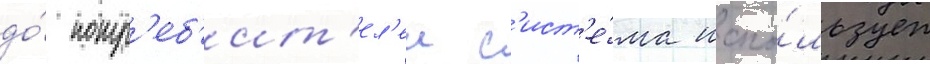
до́ потр'еб'ит'ел'еи с'ист'е́ма испо́льзует